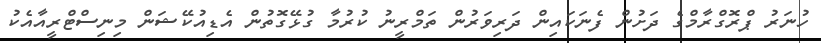
ހުނަރު ޕްރޮގްރާމްގެ ދަށުން ފެނަކައިން ދަރިވަރުން ތަމްރީނު ކުރުމާ ގުޅޭގޮތުން އެޑިއުކޭޝަން މިނިސްޓްރީއާއެކު